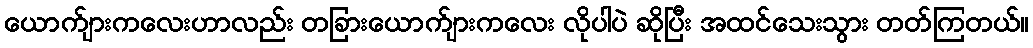
ယောက်ျားကလေးဟာလည်း တခြားယောက်ျားကလေး လိုပါပဲ ဆိုပြီး အထင်သေးသွား တတ်ကြတယ်။